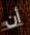
أن